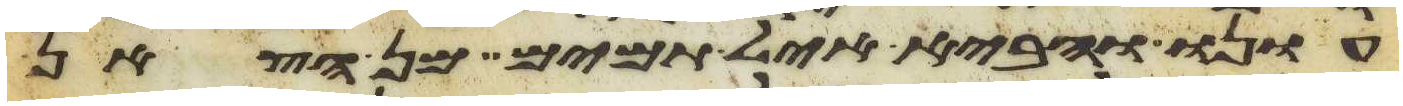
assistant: עונו והביא איל תמים מן הצאן